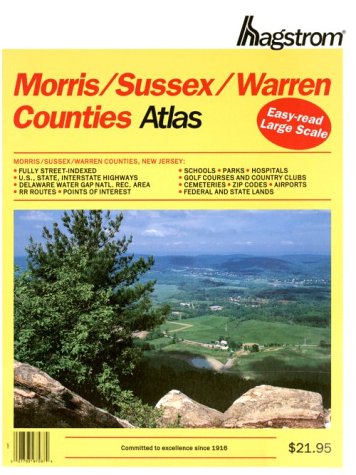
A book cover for Hagstrom Morris/Sussex/Warren Counties Atlas: New Jersey (Hagstrom Warren, Morris, Sussex Counties Atlas Large Scale); Travel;